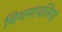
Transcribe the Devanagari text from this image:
नियमावलियां